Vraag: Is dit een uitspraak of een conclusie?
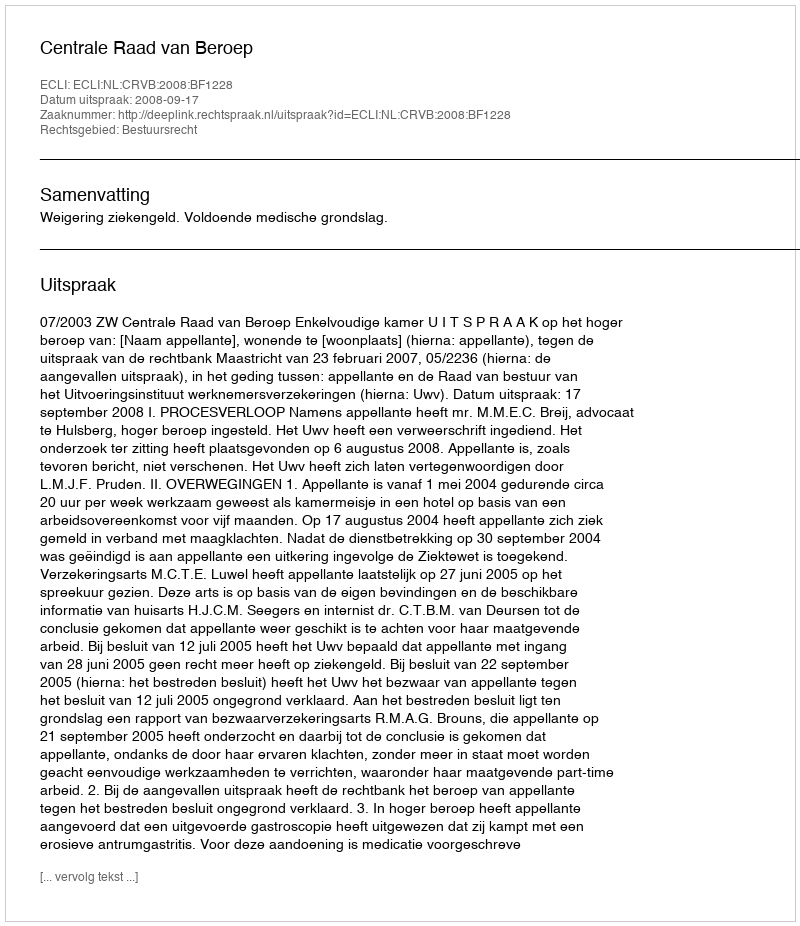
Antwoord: Uitspraak